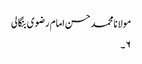
مولانا محمد حسن امام رضوی بنگالی
۶۔